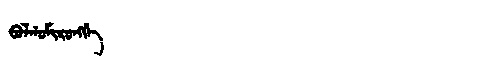
Manchu: ᠪᠣᠯᡤᠣᠮᡳᡵᠣᠩᡤᡝ
Romanization: BOLGOMIRONGGE